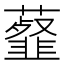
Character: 𧂊